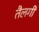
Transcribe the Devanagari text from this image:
तैलगी